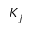
K _ { j }